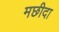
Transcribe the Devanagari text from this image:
मछीदा